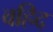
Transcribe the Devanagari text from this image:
वहिद